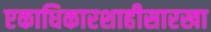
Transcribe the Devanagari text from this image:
एकाधिकारशाहीसारखा